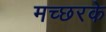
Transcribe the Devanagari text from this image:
मच्छरके